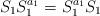
LaTeX: \begin{align*}S_1 S^{a_1}_1=S^{a_1}_1 S_1\end{align*}